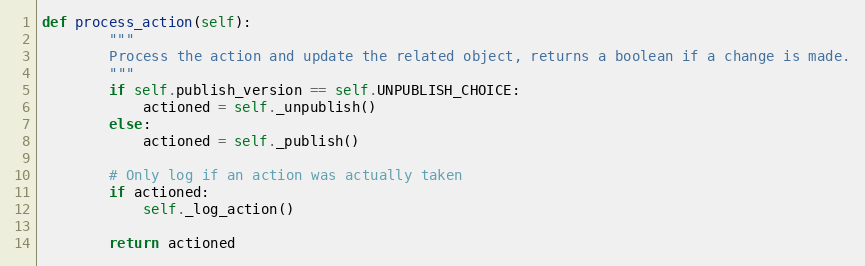
Language: Python
def process_action(self):
        """
        Process the action and update the related object, returns a boolean if a change is made.
        """
        if self.publish_version == self.UNPUBLISH_CHOICE:
            actioned = self._unpublish()
        else:
            actioned = self._publish()

        # Only log if an action was actually taken
        if actioned:
            self._log_action()

        return actioned